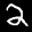
Label: 2